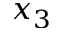
x _ { 3 }